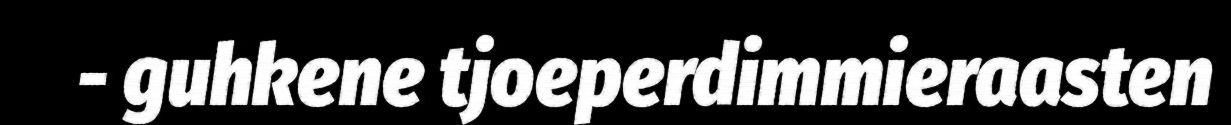
- guhkene tjoeperdimmieraasten